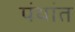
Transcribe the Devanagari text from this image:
पंथांत